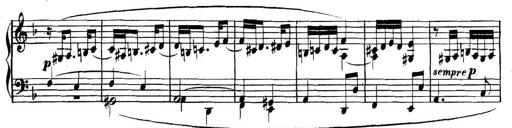
Title: Collected Piano Sonatas
Composer: Muzio Clementi